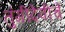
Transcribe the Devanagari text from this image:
तुंगीदेवीचे